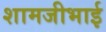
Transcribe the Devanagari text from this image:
शामजीभाई